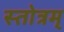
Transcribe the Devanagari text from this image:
स्तोत्रम्